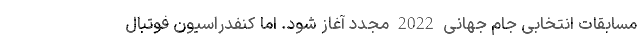
مسابقات انتخابی جام جهانی 2022 مجدد آغاز شود. اما کنفدراسیون فوتبال